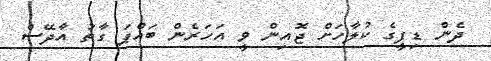
ދެން ޑިފީގެ ކުލާހަށް ޖޮއިން ވީ އަހަރެން ބައްޕަ ގާތު އާދޭސް